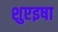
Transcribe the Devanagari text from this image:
शुएइषा